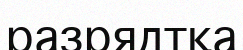
разрядтқа